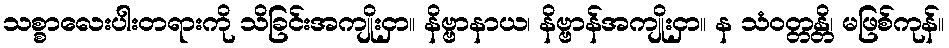
သစ္စာလေးပါးတရားကို သိခြင်းအကျိုးငှာ။ နိဗ္ဗာနာယ၊ နိဗ္ဗာန်အကျိုးငှာ။ န သံဝတ္တန္တိ၊ မဖြစ်ကုန်။